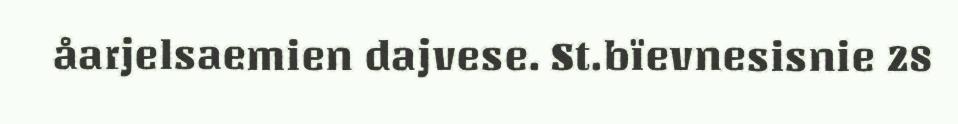
åarjelsaemien dajvese. St.bïevnesisnie 28